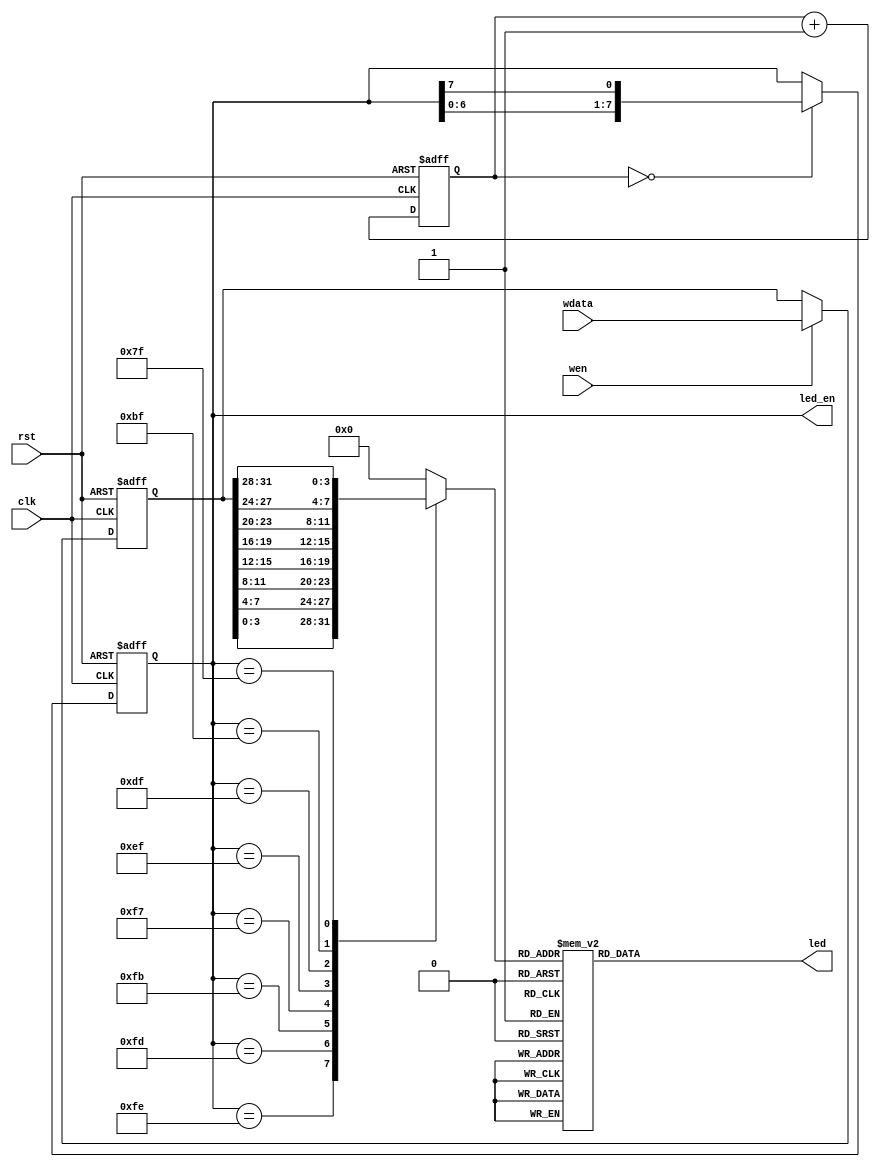
module dig_controller(
	input wire rst,
	input wire clk,

    input wire wen,
    input wire [31: 0] wdata,

	output reg [7:0] led,
	output reg [7:0] led_en
);

// always @(*) led = 8'b00000000;
// always @(*) led_en = 8'h00;

reg [15: 0] toggle_cnt;
always @(posedge rst or posedge clk) begin
    if(rst) begin
        toggle_cnt <= 16'h00000;
    end else begin
        toggle_cnt <= toggle_cnt + 1;
    end
end

wire toggle = toggle_cnt == 0;

always @(posedge rst or posedge clk) begin
//    led_en <= 8'b11101111;
    if(rst == 1'b1)
        led_en <= 8'b11111110;
    else if(toggle == 1'b1)
        led_en <= {led_en[6:0], led_en[7]};
    else
        led_en <= led_en;
end

reg [31: 0] nums;
always @(posedge rst or posedge clk) begin
    if(rst == 1'b1)
        nums <= 32'h00000000;
    else if(wen == 1'b1)
        nums <= wdata;
    else
        nums <= nums;
end

reg [3:0] now_num;
always @(*) begin
    case(led_en)
        8'b11111110: now_num = nums[3:0];
        8'b11111101: now_num = nums[7:4];
        8'b11111011: now_num = nums[11:8];
        8'b11110111: now_num = nums[15:12];
        8'b11101111: now_num = nums[19:16];
        8'b11011111: now_num = nums[23:20];
        8'b10111111: now_num = nums[27:24];
        8'b01111111: now_num = nums[31:28];
        default: now_num = 4'h0;
    endcase
end

// always @(posedge rst or posedge clk) begin
//     if(rst == 1'b1)
//         now_num <= 4'h0;
//     else begin
//         case(led_en)
//             8'b11111110: now_num <= nums[3:0];
//             8'b11111101: now_num <= nums[7:4];
//             8'b11111011: now_num <= nums[11:8];
//             8'b11110111: now_num <= nums[15:12];
//             8'b11101111: now_num <= nums[19:16];
//             8'b11011111: now_num <= nums[23:20];
//             8'b10111111: now_num <= nums[27:24];
//             8'b01111111: now_num <= nums[31:28];
//             default: now_num <= 4'h0;
//         endcase
//     end
// end

always @(*) begin
    case(now_num)
        4'h0: led = 8'b00000011;
        4'h1: led = 8'b10011111;
        4'h2: led = 8'b00100101;
        4'h3: led = 8'b00001101;
        4'h4: led = 8'b10011001;
        4'h5: led = 8'b01001001;
        4'h6: led = 8'b01000001;
        4'h7: led = 8'b00011111;
        4'h8: led = 8'b00000001;
        4'h9: led = 8'b00011001;
        4'ha: led = 8'b00010001;
        4'hb: led = 8'b11000001;
        4'hc: led = 8'b11100101;
        4'hd: led = 8'b10000101;
        4'he: led = 8'b01100001;
        4'hf: led = 8'b01110001;
       default:led = 8'b00000000;
    endcase
end

endmodule